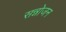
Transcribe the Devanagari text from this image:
सन्नोजन